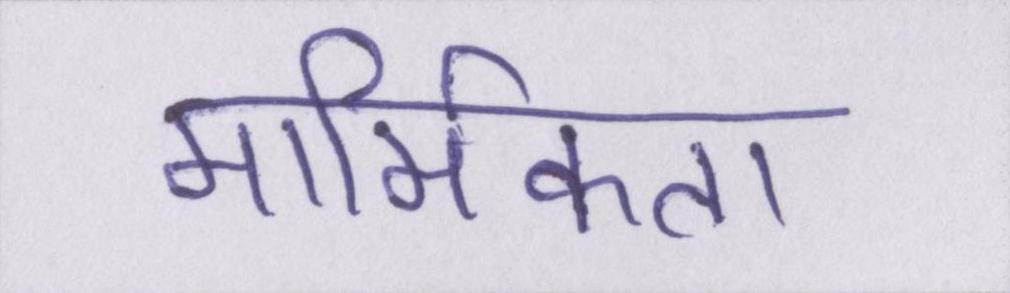
मार्मिकता